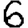
Digit: 6